Report of the Indian Hemp Drugs Commission, 1894-1895 - Volume V
Year: 1894
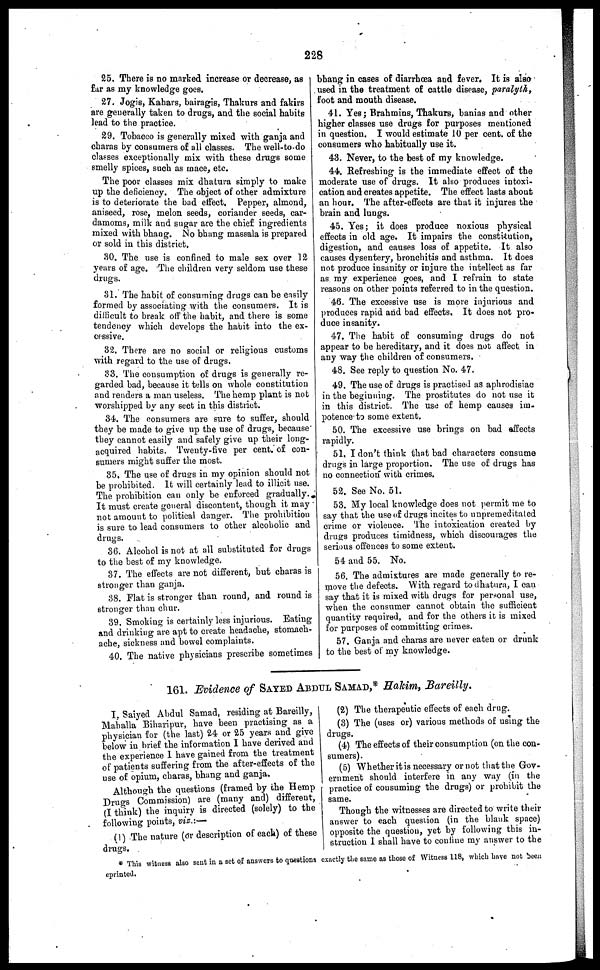
228
25. There is no marked increase or decrease, as
far as my knowledge goes.
27. Jogis, Kahars, bairagis, Thakurs and fakirs
are generally taken to drugs, and the social habits
lead to the practice.
29. Tobacco is generally mixed with ganja and
charas by consumers of all classes. The well-to-do
classes exceptionally mix with these drugs some
smelly spices, such as mace, etc.
The poor classes mix dhatura simply to make
up the deficiency. The object of other admixture
is to deteriorate the bad effect. Pepper, almond,
aniseed, rose, melon seeds, coriander seeds, car-
damoms, milk and sugar are the chief ingredients
mixed with bhang. No bhang massala is prepared
or sold in this district,
30. The use is confined to male sex over 12
years of age. The children very seldom use these
drugs.
81. The habit of consuming drugs can be easily
formed by associating with the consumers. It is
difficult to break off the habit, and there is some
tendency which develops the habit into the ex-
cessive.
82. There are no social or religious customs
with regard to the use of drugs.
33. The consumption of drugs is generally re-
garded bad, because it tells on whole constitution
and renders a man useless. The hemp plant is not
worshipped by any sect in this district.
34. The consumers are sure to suffer, should
they be made to give up the use of drugs, because
they cannot easily and safely give up their long-
acquired habits. Twenty-five per cent. of con-
sumers might suffer the most.
35. The use of drugs in my opinion should not
be prohibited. It will certainly lead to illicit use.
The prohibition can only be enforced gradually.
It must create general discontent, though it may
not amount to political danger. The prohibition
is sure to lead consumers to other alcoholic and
drugs.
36. Alcohol is not at all substituted for drugs
to the best of my knowledge.
37. The effects are not different, but charas is
stronger than ganja.
38. Flat is stronger than round, and round is
stronger than chur.
39. Smoking is certainly less injurious. Eating
and drinking are apt to create headache, stomach-
ache, sickness and bowel complaints.
40. The native physicians prescribe sometimes
bhang in cases of diarrhoea and fever. It is also
used in the treatment of cattle disease, paralyth,
foot and mouth disease.
41. Yes ; Brahmins, Thakurs, banias and other
higher classes use drugs for purposes mentioned
in question. I would estimate 10 per cent. of the
consumers who habitually use it.
43. Never, to the best of my knowledge.
44. Refreshing is the immediate effect of the
moderate use of drugs. It also produces intoxi-
cation and creates appetite. The effect lasts about
an hour. The after-effects are that it injures the
brain and lungs.
45. Yes ; it does produce noxious physical
effects in old age. It impairs the constitution,
digestion, and causes loss of appetite. It also
causes dysentery, bronchitis and asthma. It does
not produce insanity or injure the intellect as far
as ray experience goes, and I refrain to state
reasons on other points referred to in the question.
46. The excessive use is more injurious and
produces rapid and bad effects. It does not pro-
duce insanity.
47. The habit of consuming drugs do not
appear to be hereditary, and it does not affect in
any way the children of consumers.
48. See reply to question No. 47.
49. The use of drugs is practised as aphrodisiac
in the beginning. The prostitutes do not use it
in this district. The use of hemp causes im-
potence to some extent.
50. The excessive use brings on bad affects
rapidly.
51. I don't think that bad characters consume
drugs in large proportion. The use of drugs has
no connection* with crimes.
52. See No. 51.
53. My local knowledge does not permit me to
say that the use of drugs incites to unpremeditated
crime or violence. The intoxication created by
drugs produces timidness, which discourages the
serious offences to some extent.
54 and 55. No.
56. The admixtures are made generally to re-
move the defects. With regard to dhatura, I can
say that it is mixed with drugs for personal use,
when the consumer cannot obtain the sufficient
quantity required, and for the others it is mixed
for purposes of committing crimes.
57. Ganja and charas are never eaten or drunk
to the best of my knowledge.
161. Evidence of SAYED ABDUL SAMAD,* Hakim, Bareilly.
I, Saiyed Abdul Samad, residing at Bareilly,
Mahalla Biharipur, have been practising as a
physician for (the last) 24 or 25 years and give
below in brief the information I have derived and
the experience I have gained from the treatment
of patients suffering from the after-effects of the
use of opium, charas, bhang and ganja.
Although the questions (framed by the Hemp
Drugs Commission) are (many and) different,
(I think) the inquiry is directed (solely) to the
following points, viz.:—
(1) The nature (or description of each) of these
drugs.
(2) The therapeutic effects of each drug.
(3) The (uses or) various methods of using the
drugs.
(4) The effects of their consumption (on the con-
sumers).
(5) Whether it is necessary or not that the Gov-
ernment should interfere in any way (in the
practice of consuming the drugs) or prohibit the
same.
Though the witnesses are directed to write their
answer to each question (in the blank space)
opposite the question, yet by following this in-
struction I shall have to confine my answer to the
* This witness also sent in a set of answers to questions exactly the same as those of Witness 118, which have not been
eprinted.